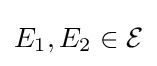
E_{1},E_{2}\in {\mathcal {E}}